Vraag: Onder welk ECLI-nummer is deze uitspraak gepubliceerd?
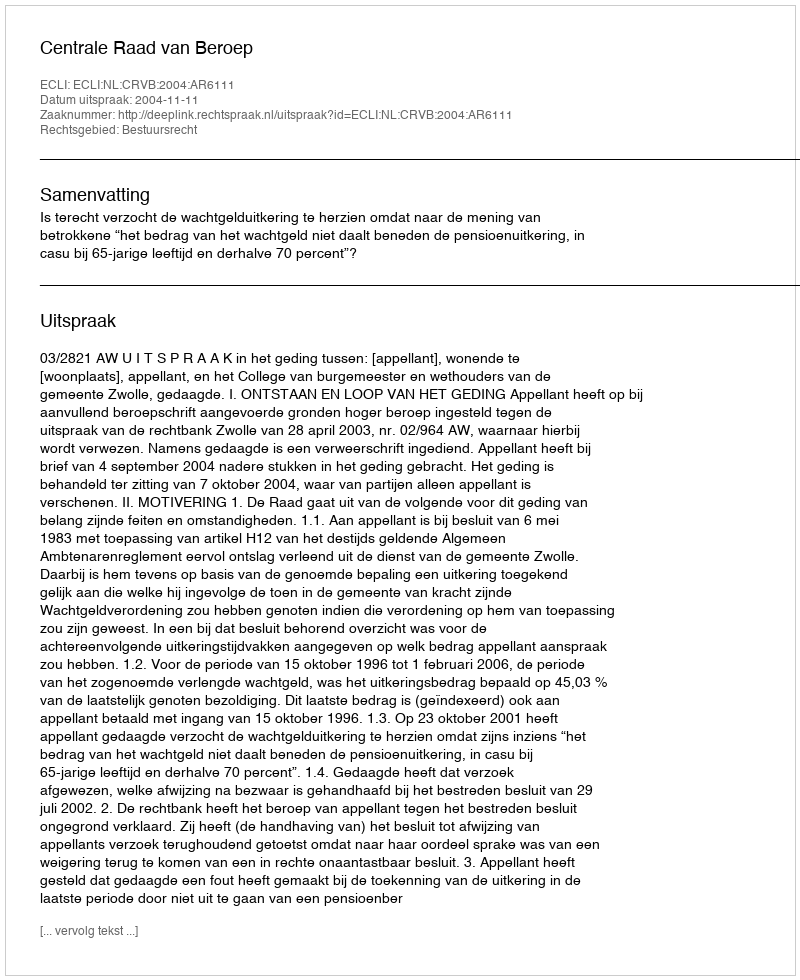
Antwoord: ECLI:NL:CRVB:2004:AR6111